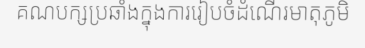
គណបក្សប្រឆាំងក្នុងការរៀបចំដំណើរមាតុភូមិ